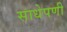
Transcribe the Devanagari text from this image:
साधेपणी